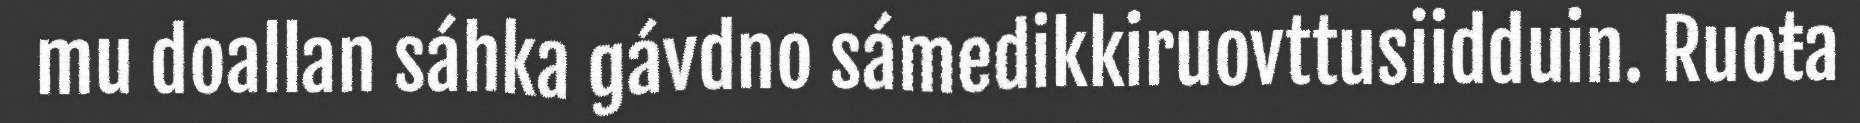
mu doallan sáhka gávdno sámedikkiruovttusiidduin. Ruoŧa